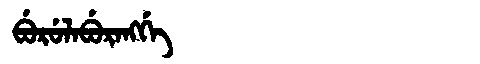
Manchu: ᠪᡠᡵᡠᠯᠠᠪᡠᡵᠠᠩᡤᡝ
Romanization: BURULABURANGGE